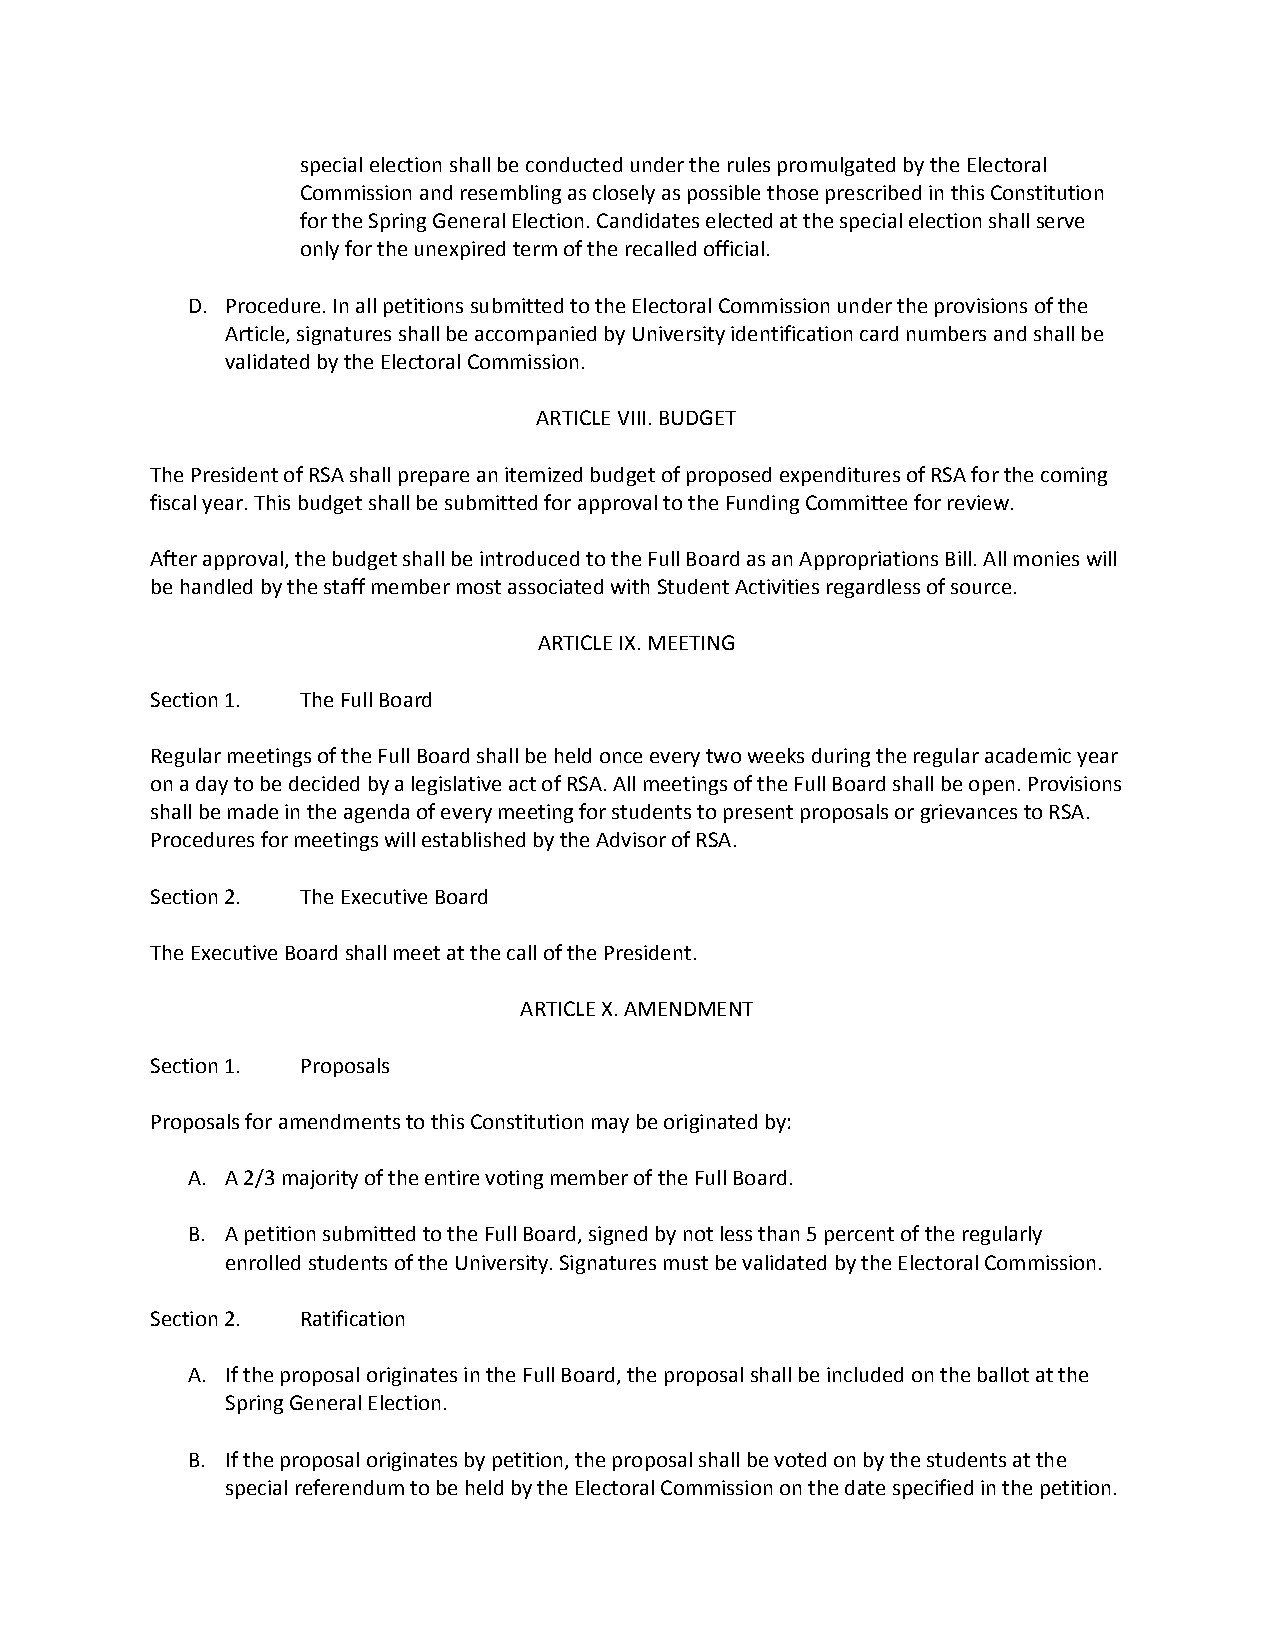
special election shall be conducted under the rules promulgated by the Electoral
 Commission and resembling as closely as possible those prescribed in this Constitution
 for the Spring General Election. Candidates elected at the special election shall serve
 only for the unexpired term of the recalled official.
 D. Procedure. In all petitions submitted to the Electoral Commission under the provisions of the
 Article, signatures shall be accompanied by University identification card numbers and shall be
 validated by the Electoral Commission.
 ARTICLE VIII. BUDGET
 The President of RSA shall prepare an itemized budget of proposed expenditures of RSA for the coming
 fiscal year. This budget shall be submitted for approval to the Funding Committee for review.
 After approval, the budget shall be introduced to the Full Board as an Appropriations Bill. All monies will
 be handled by the staff member most associated with Student Activities regardless of source.
 ARTICLE IX. MEETING
 Section 1. The Full Board
 Regular meetings of the Full Board shall be held once every two weeks during the regular academic year
 on a day to be decided by a legislative act of RSA. All meetings of the Full Board shall be open. Provisions
 shall be made in the agenda of every meeting for students to present proposals or grievances to RSA.
 Procedures for meetings will established by the Advisor of RSA.
 Section 2. The Executive Board
 The Executive Board shall meet at the call of the President.
 ARTICLE X. AMENDMENT
 Section 1. Proposals
 Proposals for amendments to this Constitution may be originated by:
 A. A 2/3 majority of the entire voting member of the Full Board.
 B. A petition submitted to the Full Board, signed by not less than 5 percent of the regularly
 enrolled students of the University. Signatures must be validated by the Electoral Commission.
 Section 2. Ratification
 A. If the proposal originates in the Full Board, the proposal shall be included on the ballot at the
 Spring General Election.
 B. If the proposal originates by petition, the proposal shall be voted on by the students at the
 special referendum to be held by the Electoral Commission on the date specified in the petition.